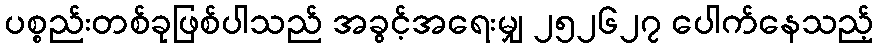
ပစ္စည်းတစ်ခုဖြစ်ပါသည် အခွင့်အရေးမျှ ၂၅၂၆၂၇ ပေါက်နေသည့်